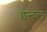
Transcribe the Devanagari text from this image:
इन्दल